Materia medica of Madras volume I
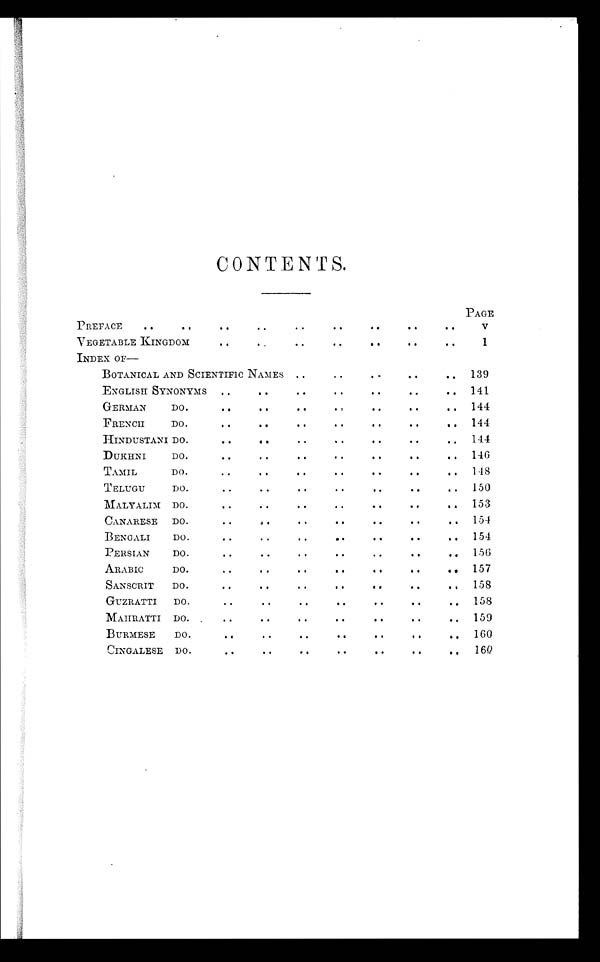
CONTENTS.
PREFACE
..
. .
. .
. .
. . .
. .
. .
.
. .
PAGE
V
VEGETABLE KINGDOM
..
. .
. .
. .
. .
.
.
.. .
1
INDEX OF
. .
. .
. .
. .
BOTANICAL AND SCIENTIFIC NAMES . .
. .
. .
..
. . 139
ENGLISH SYNONYMS . . .
. . .
.
.
. .
. .
. . 141
GERMAN
DO.
..
. .
. .
. . .
. .
.
.
. . 144
FRENCH
DO.
. .
. .
. .
. . . .
. . . . .
.
. .
. . 144
HINDUSTANI Do.
. .
. .
. .
. .
. .
..
.. 144
DUKHNI
DO.
. .
. .
.
. .
.
. .
.. 146
TAMIL
DO .. .
..
. .
. .
..
..
. . 148
TELUGU
DO.
..
..
..
.
.
..
. .
.. 150
MALYALIM DO.
..
..
. .
. .
. .
. .
. . 153
CANARESE DO.
..
. .
. .
. .
..
. .
.. 154
BENGALI
DO.
..
. .
..
..
. .
..
.. 154
PERSIAN
DO.
. .
. .
. .
. .
. .
. .
.. 156
ARABIC
DO.. .
. .
. .
. .
. .
..
. . 157
SANSCRIT DO.
..
. .
. .
. .
..
. .
. . 158
GUZRATTI DO.
..
..
. .
..
. .
..
. . 158
MAHRATTI DO. , ..
..
. .
. .
..
..
.. 159
BURMESE DO.
..
. .
. .
. .
..
..
.. 160
CINGALESE DO
..
. . . .
. .
. .
. .
. .
. . 160